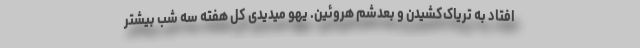
افتاد به تریاک‌کشیدن و بعدشم هروئین. یهو میدیدی کل هفته سه شب بیشتر